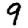
Digit: 9